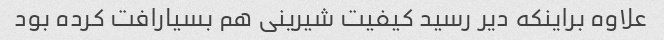
علاوه براینکه دیر رسید کیفیت شیرینی هم بسیارافت کرده بود